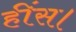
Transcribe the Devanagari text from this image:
हींस।